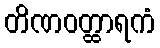
တိဏဝတ္ထာရကံ